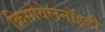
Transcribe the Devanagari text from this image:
क्रिसोवेलनॉइडी